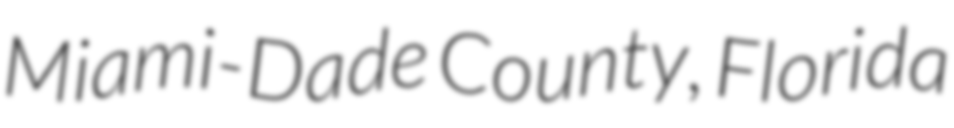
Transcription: Miami-Dade County, Florida